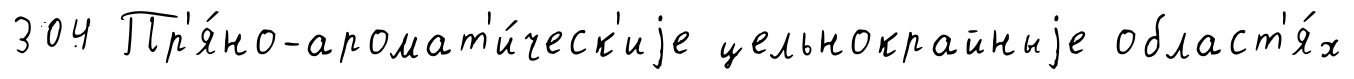
304 Пр'я́но-аромат'и́ческ'иjе цельнокрайныjе област'я́х